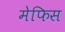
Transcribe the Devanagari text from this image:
मेफिस